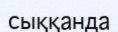
сыққанда